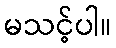
မသင့်ပါ။